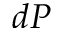
d P